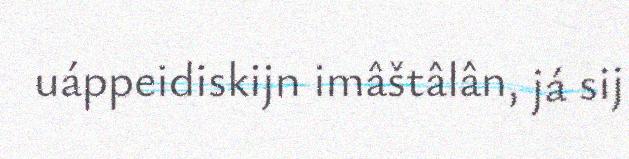
uáppeidiskijn imâštâlân, já sij